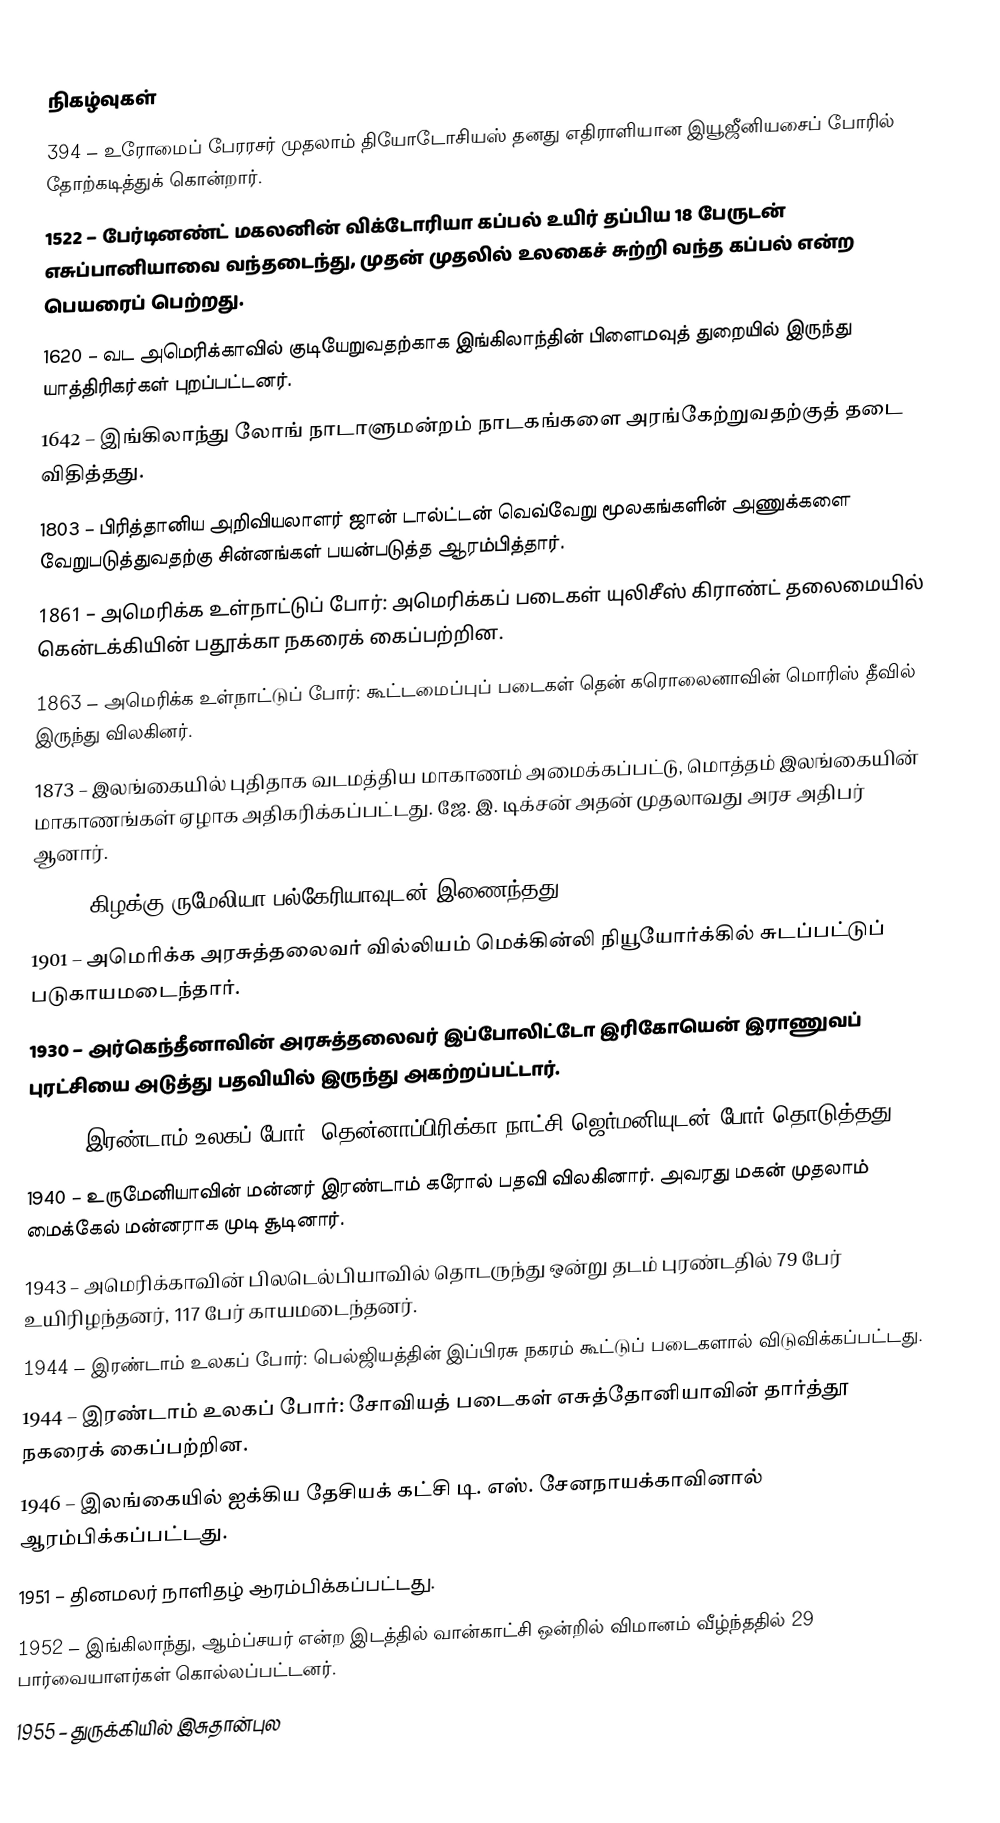

நிகழ்வுகள்
 394 – உரோமைப் பேரரசர் முதலாம் தியோடோசியஸ் தனது எதிராளியான இயூஜீனியசைப் போரில் தோற்கடித்துக் கொன்றார்.
1522 – பேர்டினண்ட் மகலனின் விக்டோரியா கப்பல் உயிர் தப்பிய 18 பேருடன் எசுப்பானியாவை வந்தடைந்து, முதன் முதலில் உலகைச் சுற்றி வந்த கப்பல் என்ற பெயரைப் பெற்றது.
1620 – வட அமெரிக்காவில் குடியேறுவதற்காக இங்கிலாந்தின் பிளைமவுத் துறையில் இருந்து யாத்திரிகர்கள் புறப்பட்டனர்.
1642 – இங்கிலாந்து லோங் நாடாளுமன்றம் நாடகங்களை அரங்கேற்றுவதற்குத் தடை விதித்தது.
1803 – பிரித்தானிய அறிவியலாளர் ஜான் டால்ட்டன் வெவ்வேறு மூலகங்களின் அணுக்களை வேறுபடுத்துவதற்கு சின்னங்கள் பயன்படுத்த ஆரம்பித்தார்.
1861 – அமெரிக்க உள்நாட்டுப் போர்: அமெரிக்கப் படைகள் யுலிசீஸ் கிராண்ட் தலைமையில் கென்டக்கியின் பதூக்கா நகரைக் கைப்பற்றின.
1863 – அமெரிக்க உள்நாட்டுப் போர்: கூட்டமைப்புப் படைகள் தென் கரொலைனாவின் மொரிஸ் தீவில் இருந்து விலகினர்.
1873 – இலங்கையில் புதிதாக வடமத்திய மாகாணம் அமைக்கப்பட்டு, மொத்தம் இலங்கையின் மாகாணங்கள் ஏழாக அதிகரிக்கப்பட்டது. ஜே. இ. டிக்சன் அதன் முதலாவது அரச அதிபர் ஆனார்.
1885 – கிழக்கு ருமேலியா பல்கேரியாவுடன் இணைந்தது.
1901 – அமெரிக்க அரசுத்தலைவர் வில்லியம் மெக்கின்லி நியூயோர்க்கில் சுடப்பட்டுப் படுகாயமடைந்தார்.
1930 – அர்கெந்தீனாவின் அரசுத்தலைவர் இப்போலிட்டோ இரிகோயென் இராணுவப் புரட்சியை அடுத்து பதவியில் இருந்து அகற்றப்பட்டார்.
1939 – இரண்டாம் உலகப் போர்: தென்னாப்பிரிக்கா நாட்சி ஜெர்மனியுடன் போர் தொடுத்தது.
1940 – உருமேனியாவின் மன்னர் இரண்டாம் கரோல் பதவி விலகினார். அவரது மகன் முதலாம் மைக்கேல் மன்னராக முடி சூடினார்.
1943 – அமெரிக்காவின் பிலடெல்பியாவில் தொடருந்து ஒன்று தடம் புரண்டதில் 79 பேர் உயிரிழந்தனர், 117 பேர் காயமடைந்தனர்.
1944 – இரண்டாம் உலகப் போர்: பெல்ஜியத்தின் இப்பிரசு நகரம் கூட்டுப் படைகளால் விடுவிக்கப்பட்டது.
1944 – இரண்டாம் உலகப் போர்: சோவியத் படைகள் எசுத்தோனியாவின் தார்த்தூ நகரைக் கைப்பற்றின.
1946 – இலங்கையில் ஐக்கிய தேசியக் கட்சி டி. எஸ். சேனநாயக்காவினால் ஆரம்பிக்கப்பட்டது.
1951 – தினமலர் நாளிதழ் ஆரம்பிக்கப்பட்டது.
1952 – இங்கிலாந்து, ஆம்ப்சயர் என்ற இடத்தில் வான்காட்சி ஒன்றில் விமானம் வீழ்ந்ததில் 29 பார்வையாளர்கள் கொல்லப்பட்டனர்.
1955 – துருக்கியில் இசுதான்புல